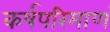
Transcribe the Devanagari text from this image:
कर्षपरिमाणं